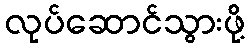
လုပ်ဆောင်သွားဖို့